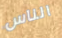
الناس